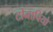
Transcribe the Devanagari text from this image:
टोनाचियो